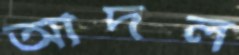
আদল